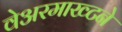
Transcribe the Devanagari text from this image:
वेअरमाख्टने